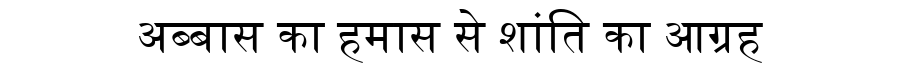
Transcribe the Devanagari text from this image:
अब्बास का हमास से शांति का आग्रह